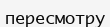
пересмотру